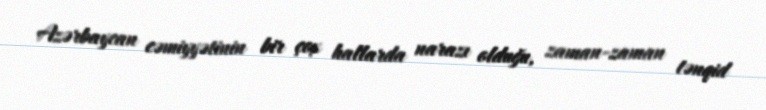
Azərbaycan cəmiyyətinin bir çox hallarda narazı olduğu, zaman-zaman tənqid